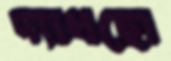
দ্যাখছো